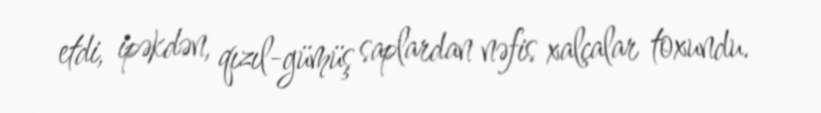
etdi, ipəkdən, qızıl-gümüş saplardan nəfis xalçalar toxundu.